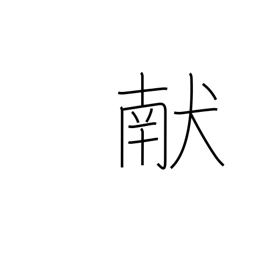
Meaning: offering